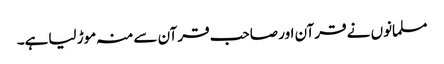
مسلمانوں نے قرآن اور صاحب قرآن سے منہ موڑ لیاہے۔